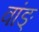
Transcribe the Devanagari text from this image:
वांङ्‌